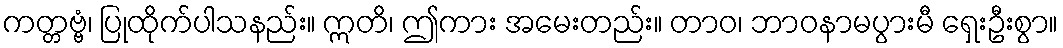
ကတ္တဗ္ဗံ၊ ပြုထိုက်ပါသနည်း။ ဣတိ၊ ဤကား အမေးတည်း။ တာဝ၊ ဘာဝနာမပွားမီ ရှေးဦးစွာ။